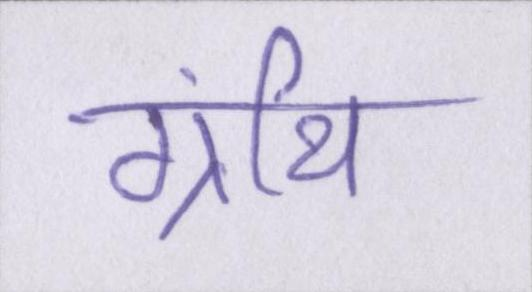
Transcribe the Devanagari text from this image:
ग्रंथि